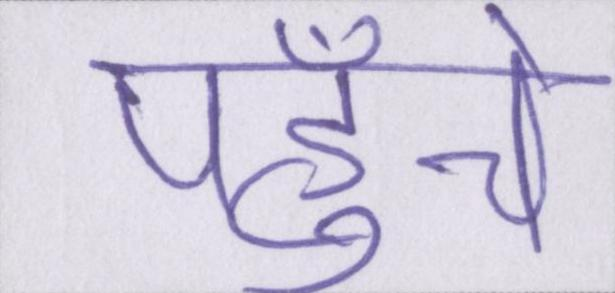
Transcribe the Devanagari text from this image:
पहुँचे